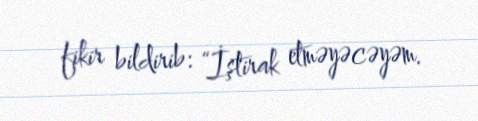
fikir bildirib: “İştirak etməyəcəyəm.